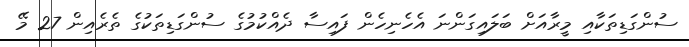
ސުންގަޑިތަކާއި މީރާއަށް ބަލައިގަންނަ އެހެނިހެން ފައިސާ ދެއްކުމުގެ ސުންގަޑިތަކުގެ ތެރެއިން 27 މޭ